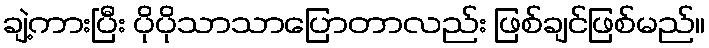
ချဲ့ကားပြီး ပိုပိုသာသာပြောတာလည်း ဖြစ်ချင်ဖြစ်မည်။